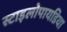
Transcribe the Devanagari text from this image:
स्टाइलोपायडिया